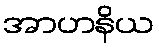
အာဟနိယ